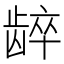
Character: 𬺋